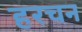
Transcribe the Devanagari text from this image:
हरचन